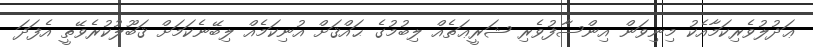
ޢަދުލުވެރިކަމާއެކު މިނިވަން އިންސާފުވެރި ޝަރީޢަތެއް ލިބުމުގެ ޙައްޤަށް އުނިކަމެއް ލިބޭނެކަމަށް ޤަބޫލުކުރެވޭތީ އެފަދަ